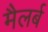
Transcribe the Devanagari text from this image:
मैलर्ब